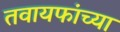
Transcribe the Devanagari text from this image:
तवायफांच्या